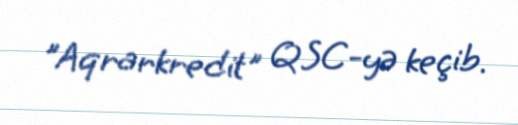
"Aqrarkredit" QSC-yə keçib.